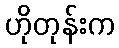
ဟိုတုန်းက